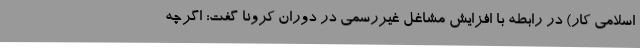
اسلامی کار) در رابطه با افزایش مشاغل غیررسمی در دوران کرونا گفت: اگرچه